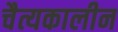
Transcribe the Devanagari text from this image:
चैत्यकालीन